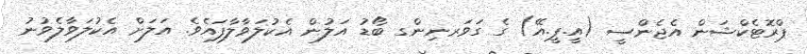
ޕްރޮޓެކްޝަން އެޖެންސީ (އީ.ޕީ.އޭ) ގެ ގަވަރނިންގ ބޯޑު އަލުން އެކުލަވާލާފައެވެ. އަލަށް އެކުލަވާލެވުނު